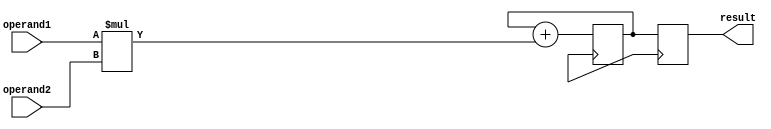
module fixed_point_multiplier (
    input signed [15:0] operand1,
    input signed [15:0] operand2,
    output reg signed [31:0] result
);

reg signed [15:0] partial_product;
reg signed [31:0] temp_result;

always @(posedge clk) begin
    partial_product = operand1 * operand2;
    temp_result = temp_result + partial_product;
end

always @(posedge clk) begin
    result = temp_result;
end

endmodule